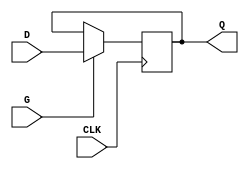
module edge_triggered_gated_latch (
    input wire D,      // Data input
    input wire G,      // Gate input
    input wire CLK,    // Clock input
    output reg Q       // Output
);

    // Always block triggered on the rising edge of the clock
    always @(posedge CLK) begin
        if (G) begin
            Q <= D;    // Latch the data input when G is active
        end
        // If G is not active, retain the previous value of Q
    end

endmodule